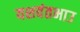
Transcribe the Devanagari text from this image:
यशवंतभाउ